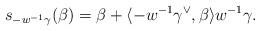
LaTeX: \begin{align*}s_{-w^{-1}\gamma}(\beta) = \beta+\langle -w^{-1}\gamma^\vee,\beta\rangle w^{-1}\gamma.\end{align*}